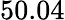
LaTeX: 50.04